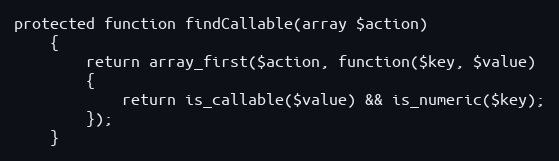
Language: PHP
protected function findCallable(array $action)
	{
		return array_first($action, function($key, $value)
		{
			return is_callable($value) && is_numeric($key);
		});
	}